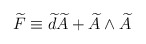
\begin{align*}\widetilde{F}\equiv \widetilde{d}\widetilde{A}+\widetilde{A}\wedge\widetilde{A} \end{align*}